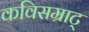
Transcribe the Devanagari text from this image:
कविसम्राट्